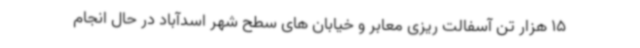
15 هزار تن آسفالت ریزی معابر و خیابان های سطح شهر اسدآباد در حال انجام